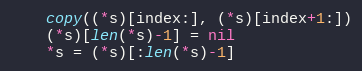
Language: Go
	copy((*s)[index:], (*s)[index+1:])
	(*s)[len(*s)-1] = nil
	*s = (*s)[:len(*s)-1]